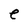
Character: e